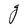
Character: g